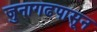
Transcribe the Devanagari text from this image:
जुनागढपासून